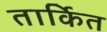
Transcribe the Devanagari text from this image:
तार्कित